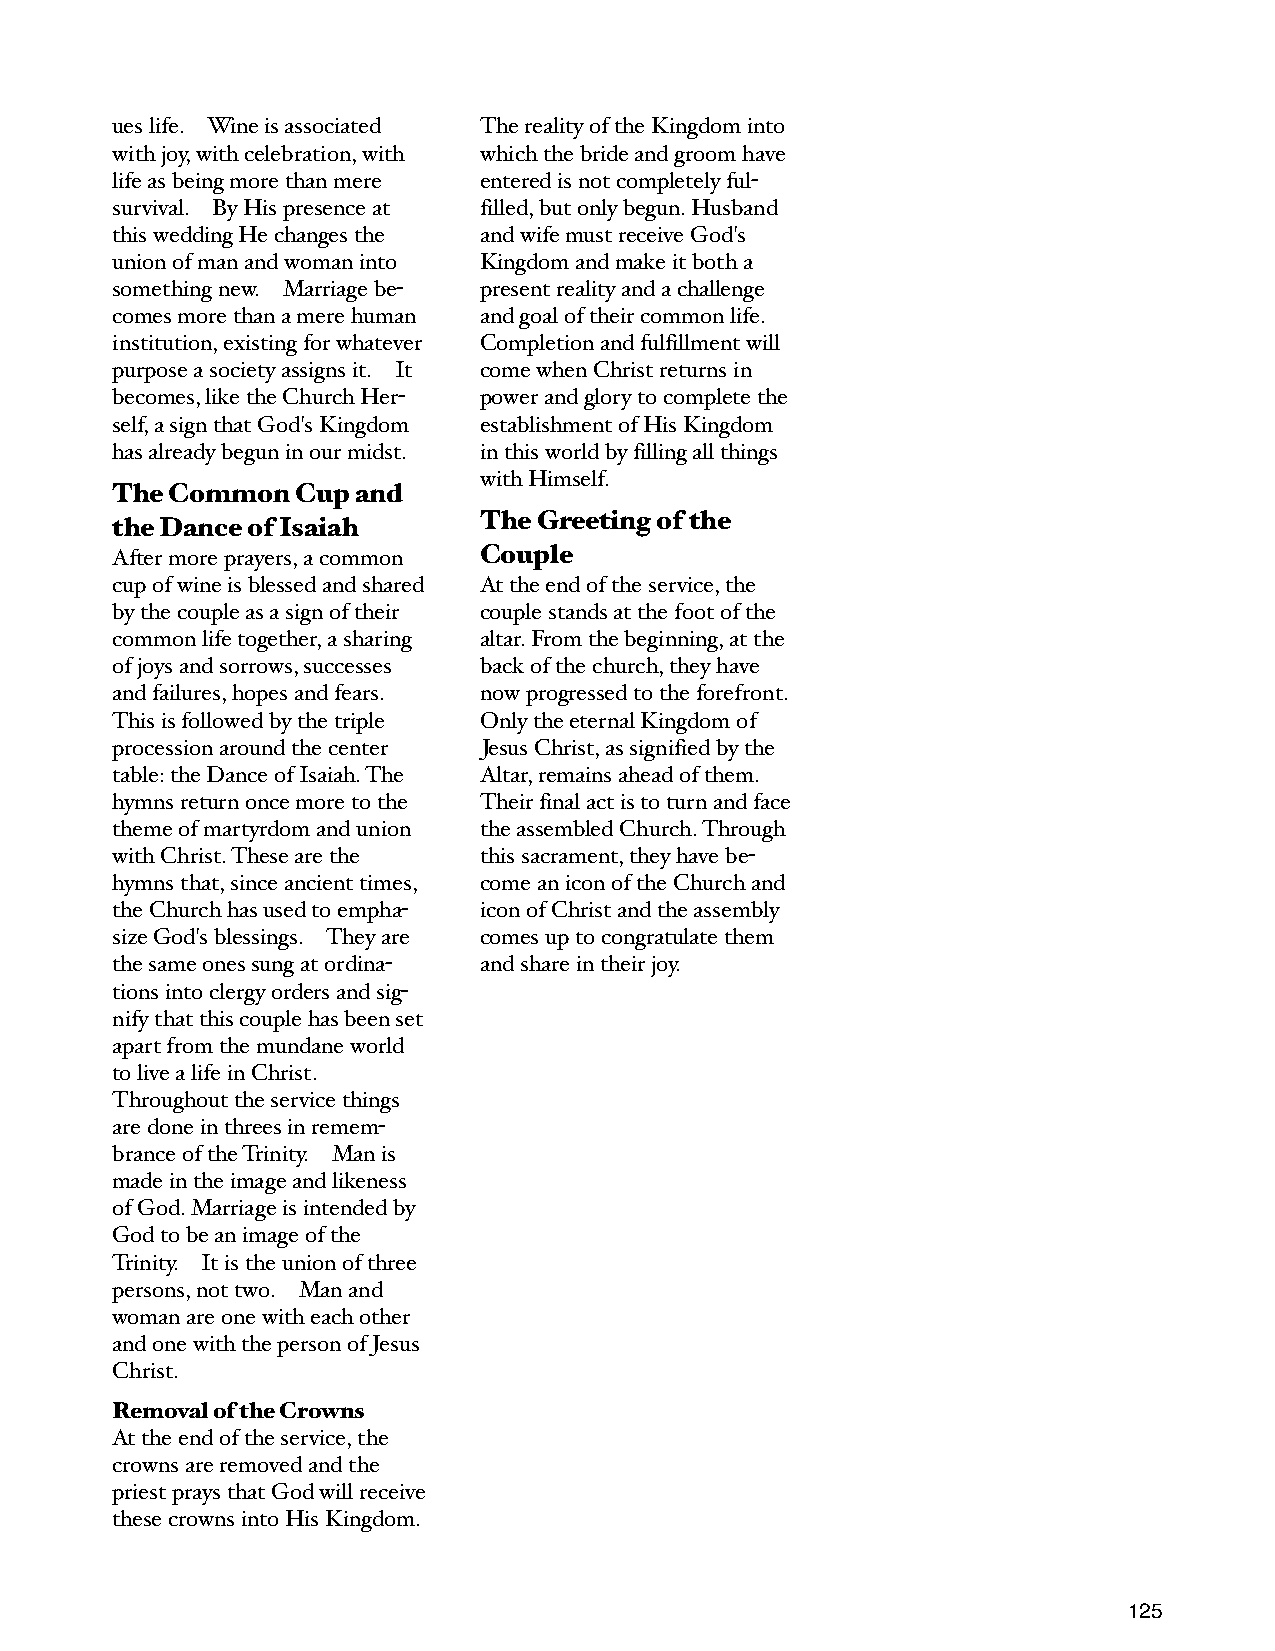
ues life. Wine is associated The reality of the Kingdom into
 with joy, with celebration, with which the bride and groom have
 life as being more than mere entered is not completely ful-
 survival. By His presence at filled, but only begun. Husband
 this wedding He changes the and wife must receive God's
 union of man and woman into Kingdom and make it both a
 something new. Marriage be- present reality and a challenge
 comes more than a mere human and goal of their common life.
 institution, existing for whatever Completion and fulfillment will
 purpose a society assigns it. It come when Christ returns in
 becomes, like the Church Her- power and glory to complete the
 self, a sign that God's Kingdom establishment of His Kingdom
 has already begun in our midst. in this world by filling all things
 with Himself.
 The Common   Cup and
 the Dance of Isaiah      The Greeting of the
 After more prayers, a common Couple
 cup of wine is blessed and shared At the end of the service, the
 by the couple as a sign of their couple stands at the foot of the
 common life together, a sharing altar. From the beginning, at the
 of joys and sorrows, successes back of the church, they have
 and failures, hopes and fears. now progressed to the forefront.
 This is followed by the triple Only the eternal Kingdom of
 procession around the center Jesus Christ, as signified by the
 table: the Dance of Isaiah. The Altar, remains ahead of them.
 hymns return once more to the Their final act is to turn and face
 theme of martyrdom and union the assembled Church. Through
 with Christ. These are the this sacrament, they have be-
 hymns that, since ancient times, come an icon of the Church and
 the Church has used to empha- icon of Christ and the assembly
 size God's blessings. They are comes up to congratulate them
 the same ones sung at ordina- and share in their joy.
 tions into clergy orders and sig-
 nify that this couple has been set
 apart from the mundane world
 to live a life in Christ.
 Throughout the service things
 are done in threes in remem-
 brance of the Trinity. Man is
 made in the image and likeness
 of God. Marriage is intended by
 God to be an image of the
 Trinity. It is the union of three
 persons, not two. Man and
 woman are one with each other
 and one with the person of Jesus
 Christ.
 Removal of the Crowns
 At the end of the service, the
 crowns are removed and the
 priest prays that God will receive
 these crowns into His Kingdom.
 125